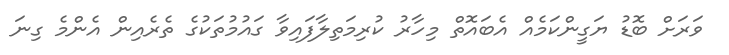
ވަރަށް ބޮޑު ޔަގީންކަމެއް އެބައޮތް މިހާރު ކުރިމަތިލާފައިވާ ގައުމުތަކުގެ ތެރެއިން އެންމެ ގިނަ